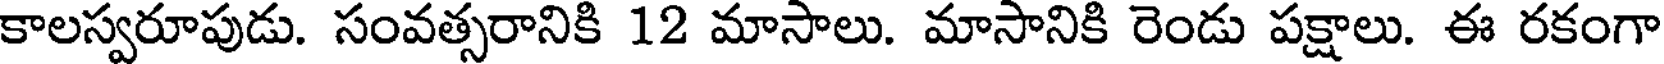
కాలస్వరూపుడు. సంవత్సరానికి 12 మాసాలు. మాసానికి రెండు పక్షాలు. ఈ రకంగా